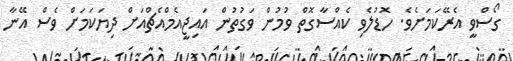
ގޯސްވީ އެރޭކަމަށެވެ. ހޮޑުލެވި ކެއްސާގޮތް ވުމުން ވަގުތުން އައިޖީއެމްއެޗްއަށް ދިޔަކަމަށް ވެސް އޭނާ